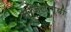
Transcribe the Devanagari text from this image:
स्ज़िलाग्यी